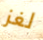
لغز